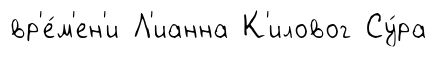
вр'е́м'ен'и Л'ианна К'иловог Су́ра